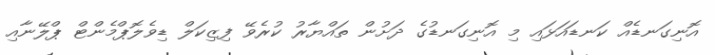
އޮނިގަނޑެއް ކަނޑައަޅައި މި އޮނިގަނޑުގެ ދަށުން ތައްޔާރު ކުރެވޭ ފިޒިކަލް ޑިވެލޮޕްމެންޓް ޕްލޭނާއި